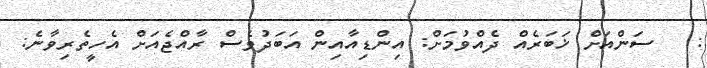
:   ސަންއަށް ޚަބަރެއް ދެއްވުމަށް: އިންޑިއާއިން އަބަދުވެސް ރާއްޖެއަށް އެހީތެރިވާނެ: